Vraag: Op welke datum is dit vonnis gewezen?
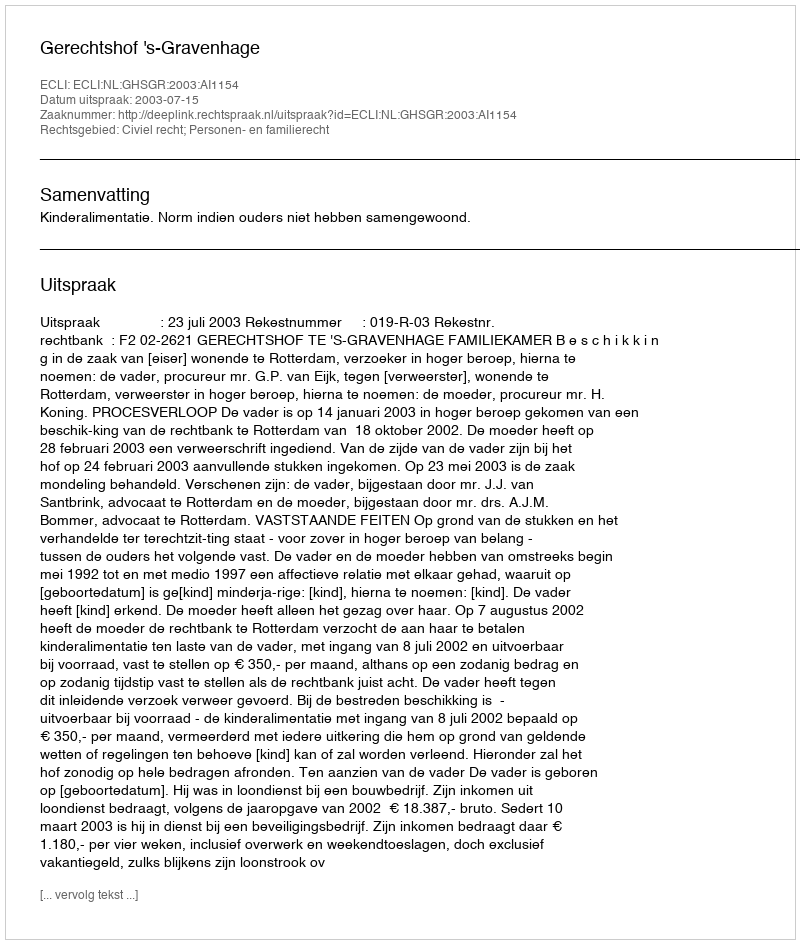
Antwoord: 2003-07-15